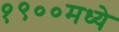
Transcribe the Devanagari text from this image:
१९००मध्ये